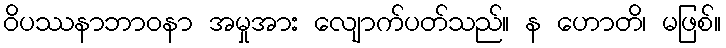
ဝိပဿနာဘာဝနာ အမှုအား လျောက်ပတ်သည်။ န ဟောတိ၊ မဖြစ်။